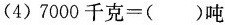
(4) $$7000千克=( )吨$$